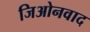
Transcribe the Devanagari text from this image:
जिओनवाद